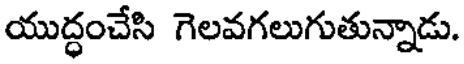
యుద్ధంచేసి గెలవగలుగుతున్నాడు.